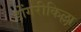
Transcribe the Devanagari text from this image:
डोंगरीकिल्ला